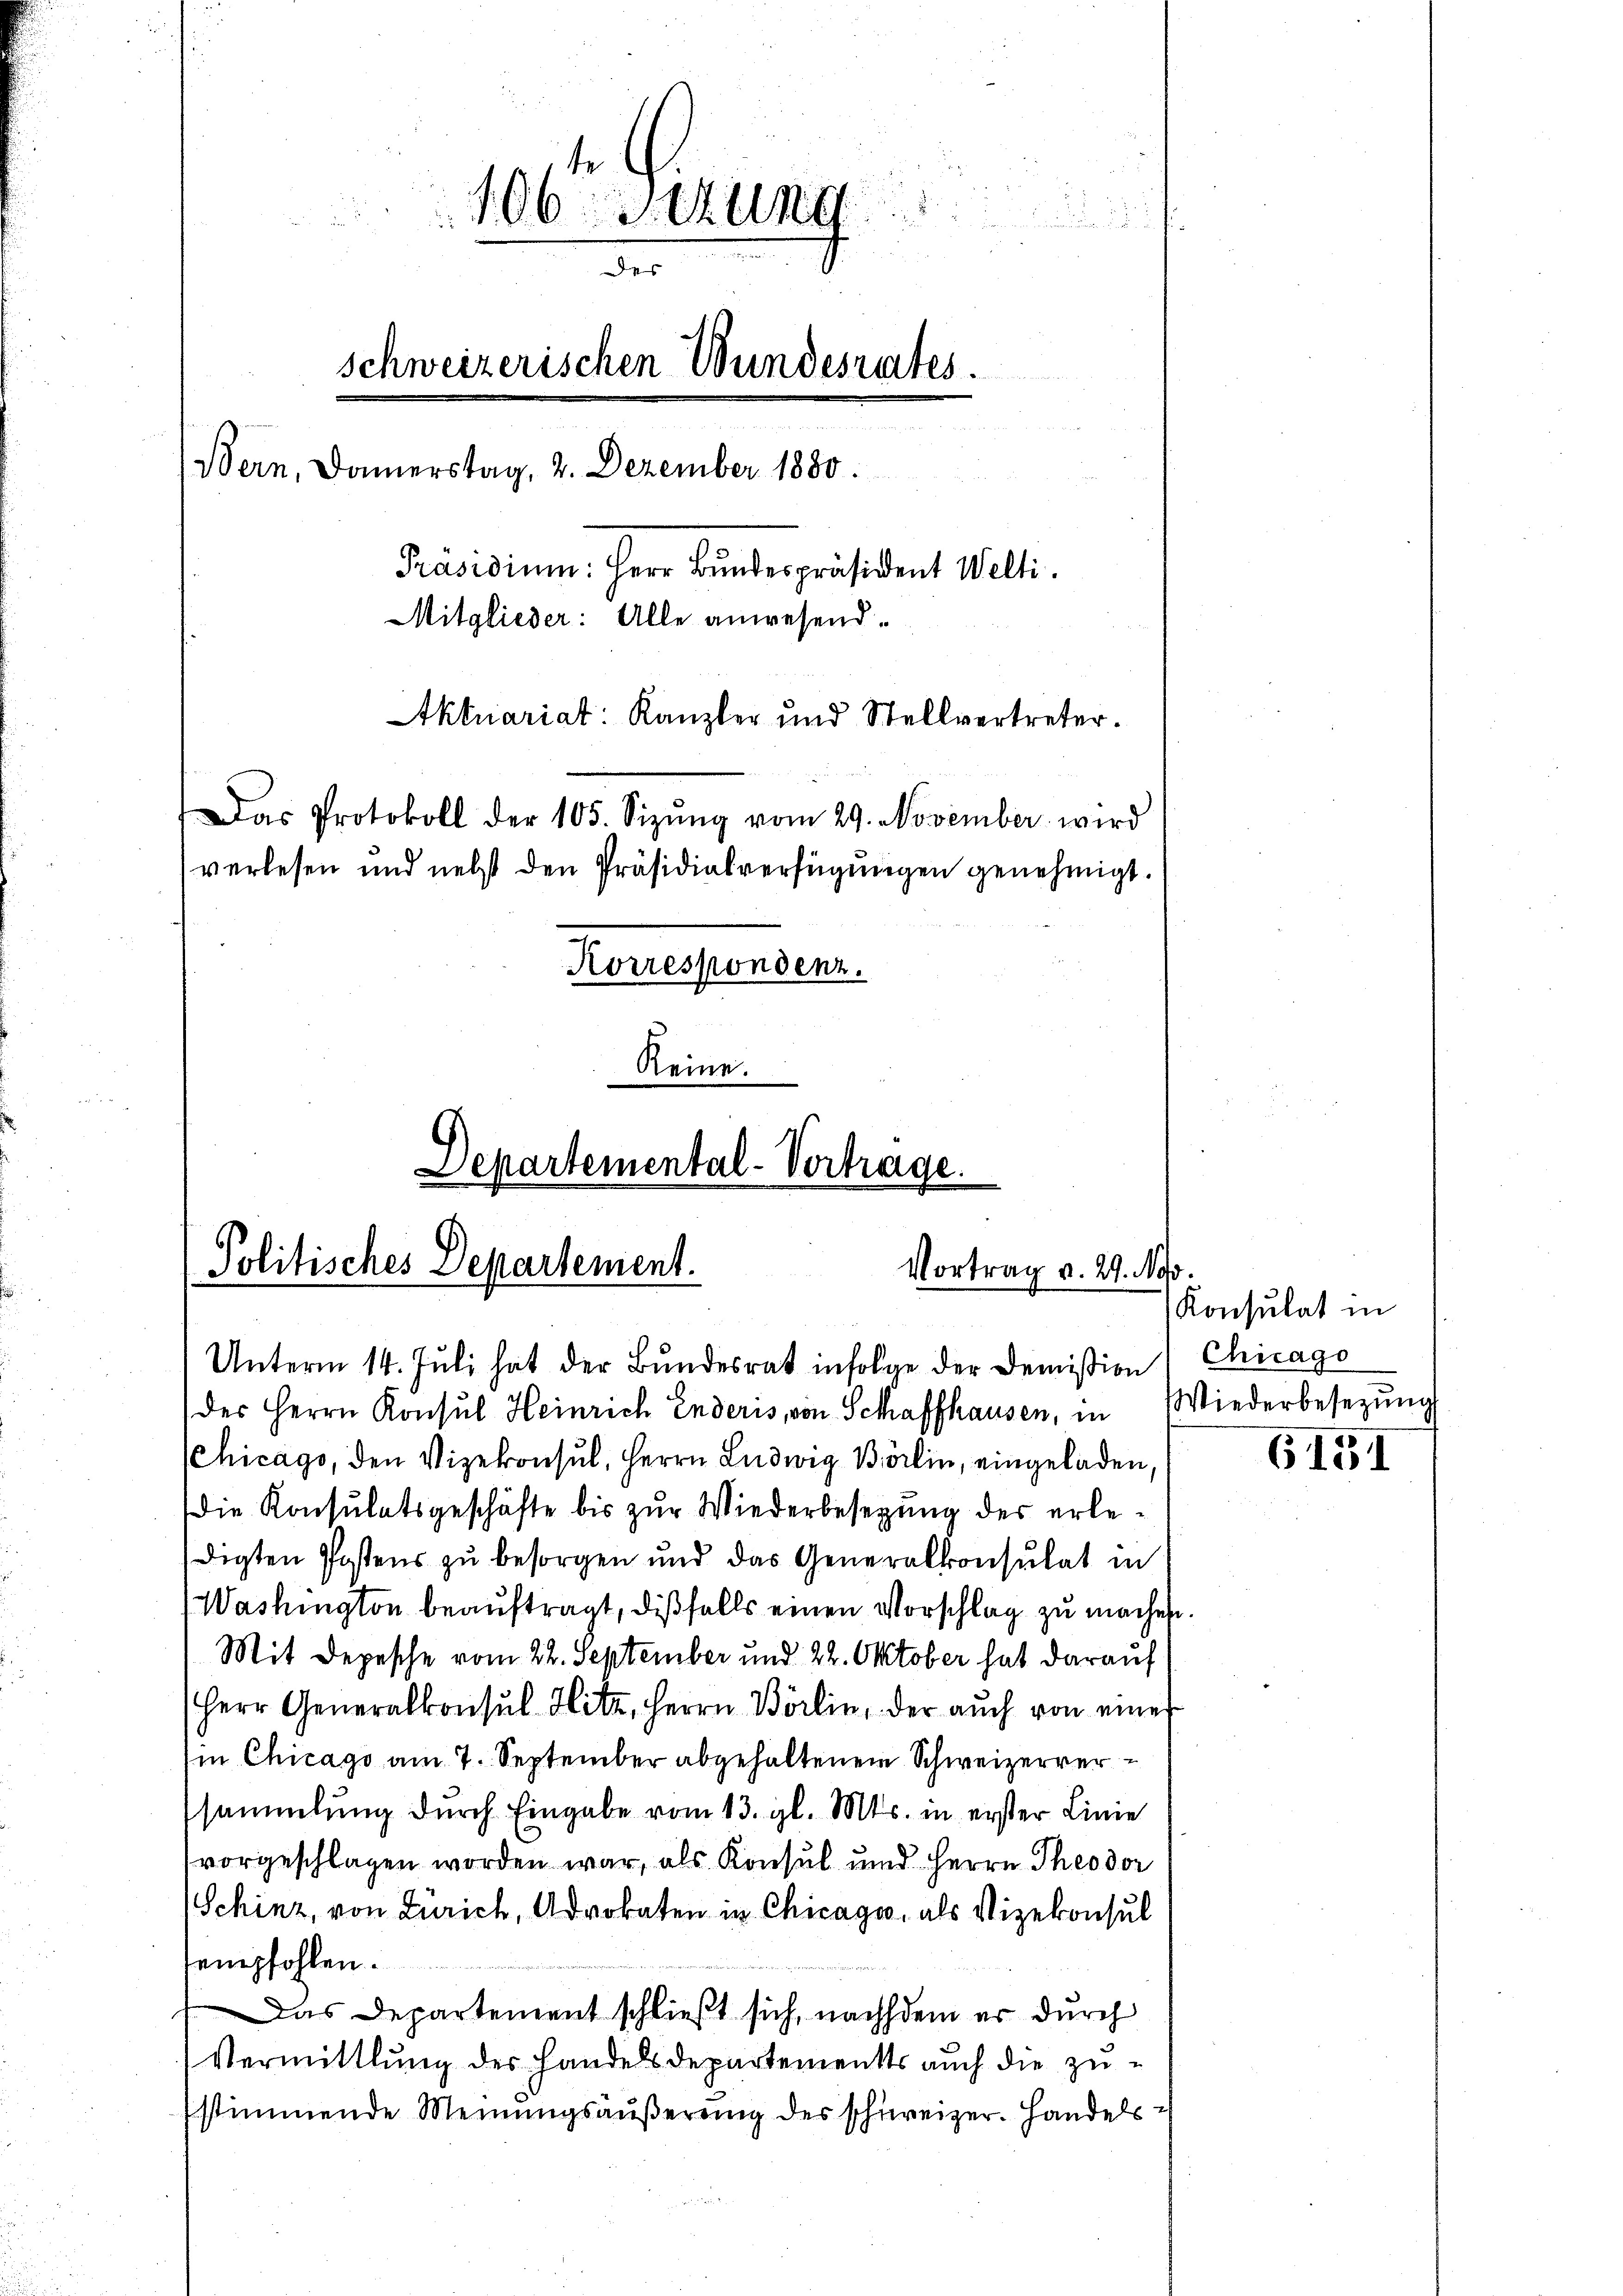
106 Setzung
des
schweizerischen Wundesrates.
Bern, Damerstag, 2. Dezember 1880.
Präsidium. Herr Bundespräsident Welti.
Mitglieder: Alle anwesend.
Aktuariat: Kanzler und Stellvertreter.
Das Protokoll der 105. Sizŭng vom 29. November wird
verlesen und nebst den Präsidialverfügungen genehmigt.
Korrespondenz.
Keine.
Departemental-Vortrage.

Politisches Departement.
Vortrag v. 29. Nov.
Unterm 14. Juli hat der Bundesrat infolge der Demission

des Herrn Konsul Heinrich Enderis von Schaffhausen, in Wiederbesetzŭng
Chicago, den Vizekonsul, Herrn Ludwig Börlin, eingeladen,
Die Konsulatsgeschäfte bis zŭr Wiederbesetzung der erledigten Postens zu besorgen und das Generalkonsulat in
Washington beauftragt, dißfalls einen Vorschlag zu machen.
Mit Depesche vom 22. September und 22. Oktober hat darauf
Herr Generalkonsul Hitz, Herrn Börlin, der auch von eines
Ein Chicago am 7. September abgehaltenem Schweizerver
sammlung durch Eingabe vom 13. gl. Mts. in erster Linie
vorgeschlagen worden war, als Konsul und Herrn Theodor
Schinz, von Zürich, Advokaten in Chicago, als Vizekonsul
sempfohlen.
Das Departement schließt sich, nachdem er durch
Vermittlung des Handels Departements auch die zusstimmende Meinungsäußerung des schweizer. Handels¬

Konsulat in
Chicago

6151